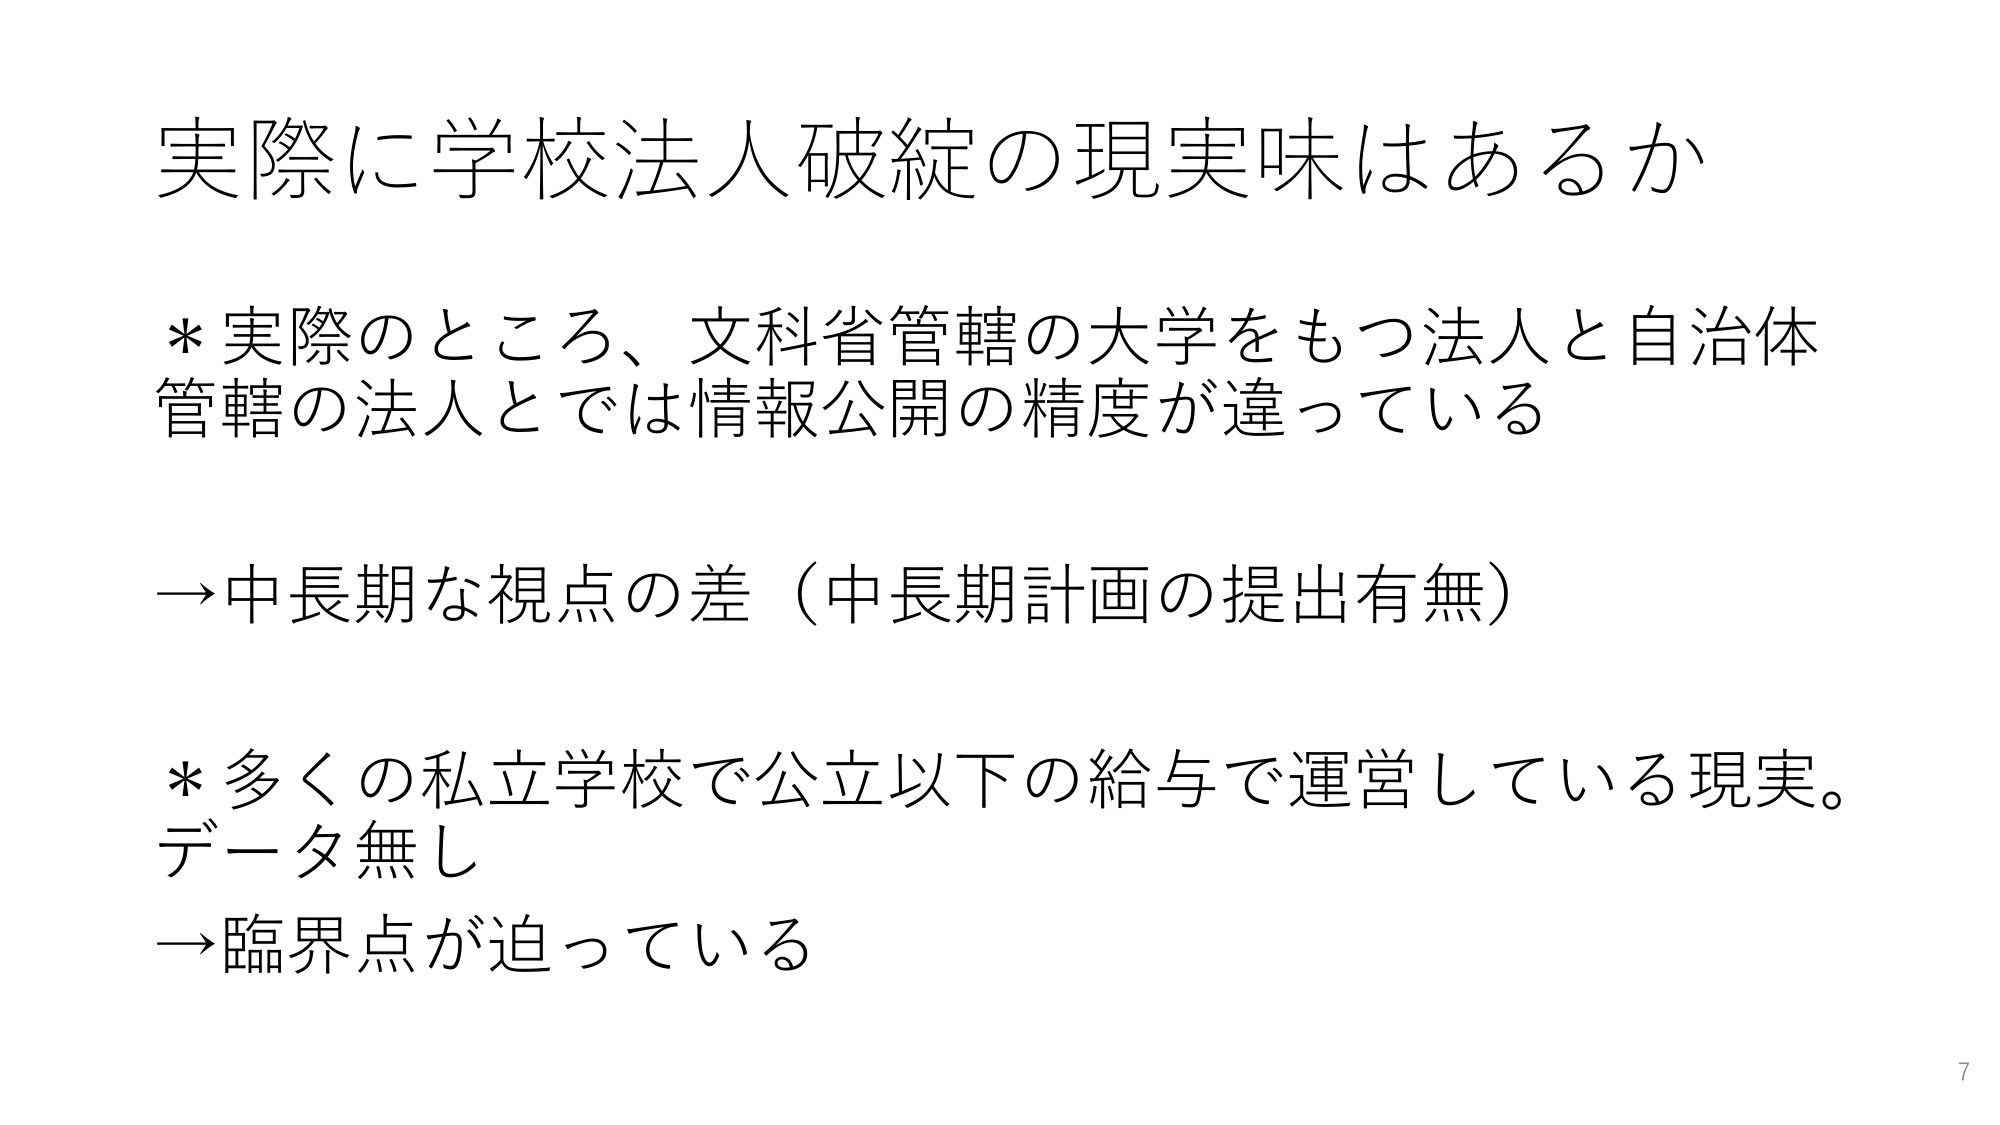
実際に学校法人破綻の現実味はあるか

＊実際のところ、文科省管轄の大学をもつ法人と自治体
管轄の法人とでは情報公開の精度が違っている

→中長期な視点の差（中長期計画の提出有無）

＊多くの私立学校で公立以下の給与で運営している現実。
データ無し
→臨界点が迫っている

7